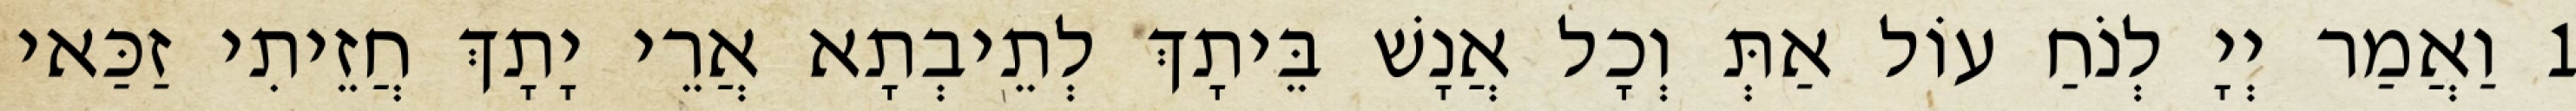
1 וַאֲמַר יְיָ לְנֹחַ עוֹל אַתְּ וְכָל אֲנָשׁ בֵּיתָךְ לְתֵיבְתָא אֲרֵי יָתָךְ חֲזֵיתִי זַכַּאי